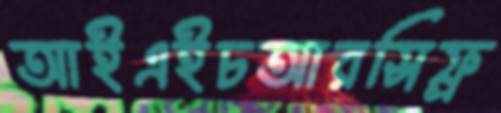
আইএইচআরসিফ্র